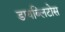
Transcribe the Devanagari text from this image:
डायब्लिटोस